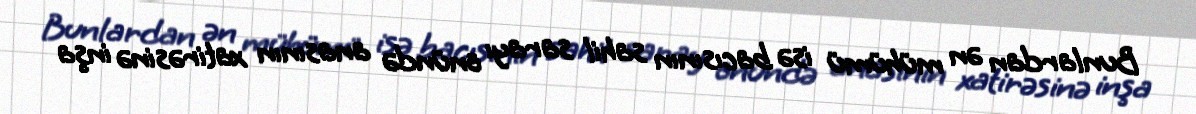
Bunlardan ən mühümü isə bacısının sahil sarayı önündə anasının xatirəsinə inşa